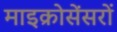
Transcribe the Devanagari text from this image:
माइक्रोसेंसरों